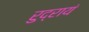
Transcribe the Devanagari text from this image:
रुद्रायं